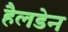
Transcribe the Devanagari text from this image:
हैलडेन